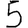
Digit: 5